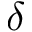
\delta